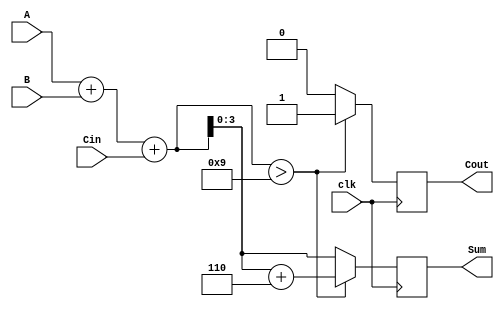
module BCD_Sequential_Adder (
    input wire [3:0] A,      // First BCD digit
    input wire [3:0] B,      // Second BCD digit
    input wire Cin,          // Carry input
    input wire clk,          // Clock input
    output reg [3:0] Sum,    // BCD result
    output reg Cout          // Carry output
);

    // Intermediate signal for binary sum
    reg [4:0] TempSum;       // 5-bit to hold the sum of A, B and Cin

    always @(posedge clk) begin
        // Step 1: Perform binary addition
        TempSum = A + B + Cin;

        // Step 2: BCD correction logic
        if (TempSum > 9) begin
            TempSum = TempSum + 6; // Add 6 for correction
            Cout = 1;               // Set carry out
        end else begin
            Cout = 0;               // No carry out
        end

        // Step 3: Assign the corrected value to Sum
        Sum = TempSum[3:0];        // Take only the lower 4 bits
    end

endmodule